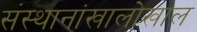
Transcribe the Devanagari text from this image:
संस्थानांखालोखाल